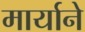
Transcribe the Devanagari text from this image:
मार्याने